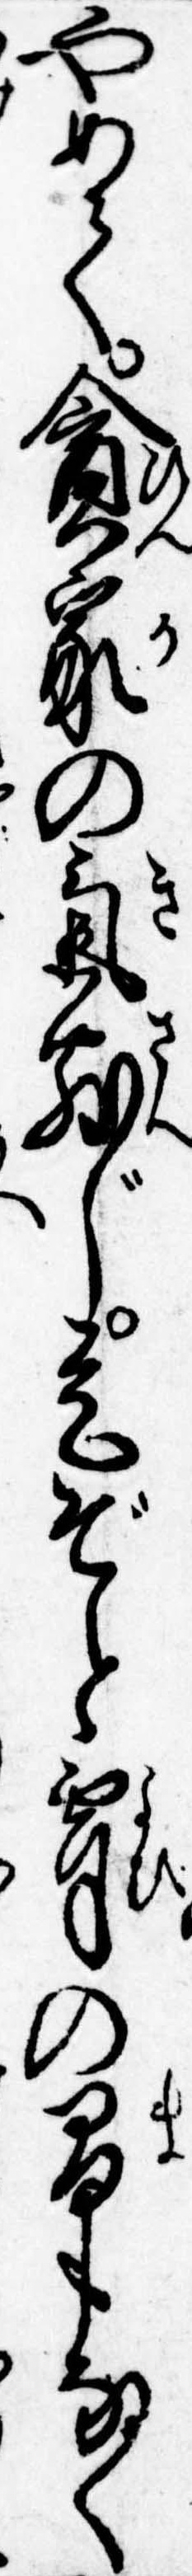
やめて貧家の気散じ是ぞと宵の間もなく